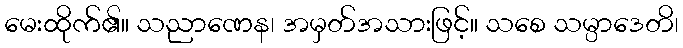
မေးထိုက်၏။ သညာဏေန၊ အမှတ်အသားဖြင့်။ သစေ သမ္ပာဒေတိ၊